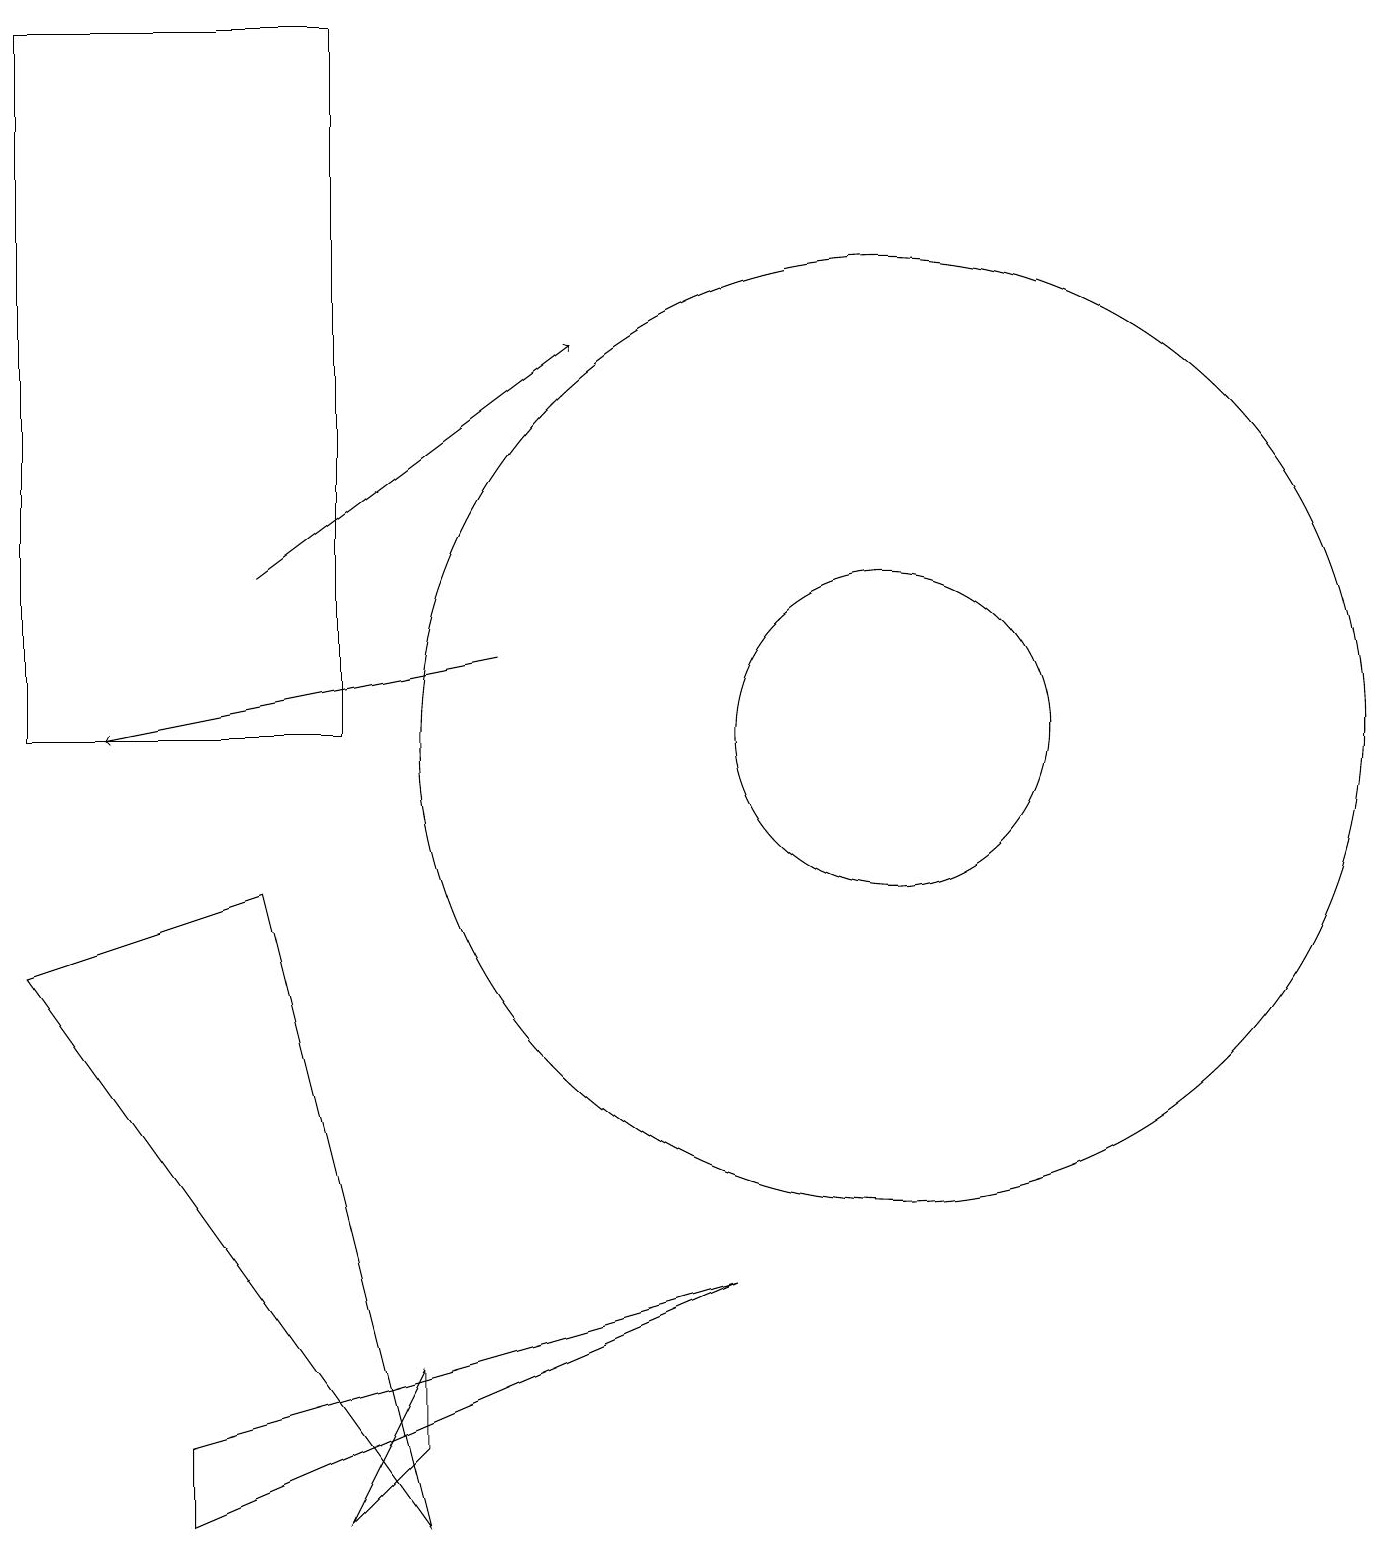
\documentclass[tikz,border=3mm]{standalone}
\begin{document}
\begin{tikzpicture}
\draw[->] (3,12) -- (7,15);
\draw (9,3) -- (2,1) -- (2,0) -- cycle;
\draw (5,2) -- (5,1) -- (4,0) -- cycle;
\draw (3,8) -- (5,0) -- (0,7) -- cycle;
\draw (11,10) circle (6);
\draw[->] (6,11) -- (1,10);
\draw (4,10) rectangle (0,19);
\draw (11,10) circle (2);
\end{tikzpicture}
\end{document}